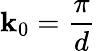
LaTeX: \mathbf{k}_{0}=\frac{{\pi}}{{d}}